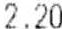
2.20